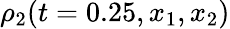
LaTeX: \rho_{2}(t=0.25,x_{1},x_{2})